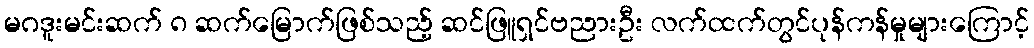
မဂဒူးမင်းဆက် ၈ ဆက်မြောက်ဖြစ်သည့် ဆင်ဖြူရှင်ဗညားဦး လက်ထက်တွင်ပုန်ကန်မှုများကြောင့်